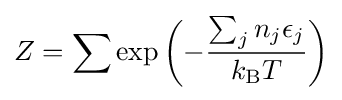
Z=\sum \exp \left(-{\frac {\sum _{j}n_{j}\epsilon _{j}}{k_{\mathrm {B} }T}}\right)